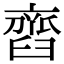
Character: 𦦏